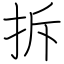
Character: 拆